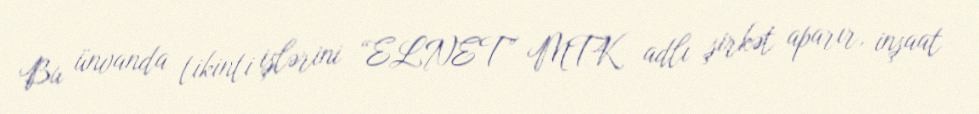
Bu ünvanda tikinti işlərini “ELNET” MTK adlı şirkət aparır, inşaat